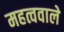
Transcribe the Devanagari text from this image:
महत्ववाले